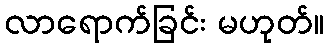
လာရောက်ခြင်း မဟုတ်။